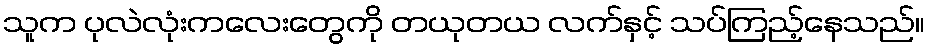
သူက ပုလဲလုံးကလေးတွေကို တယုတယ လက်နှင့် သပ်ကြည့်နေသည်။